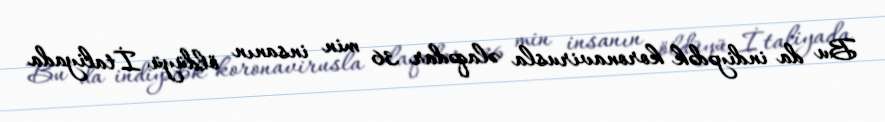
Bu da indiyədək koronavirusla əlaqədar 36 min insanın öldüyü İtaliyada